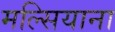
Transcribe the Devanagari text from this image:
मल्सियाना